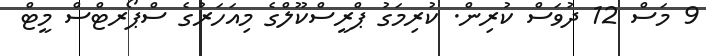
9 މަސް 12 ދުވަސް ކުރިން. ކުރިމަގު ޕްރީސްކޫލްގެ މިއަހަރުގެ ސްޕޯރޓްސް މީޓް